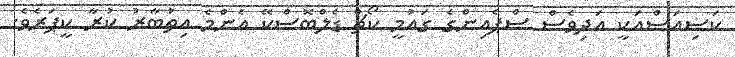
ކަސިއަސްއަކީ އަދިވެސް ސްޕެއިންގެ ގައުމީ ކޯޗް ޑެލްބޮސްކޭ އެންމެ އިތުބާރު ކުރާ ކީޕަރެވެ.